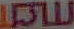
சய